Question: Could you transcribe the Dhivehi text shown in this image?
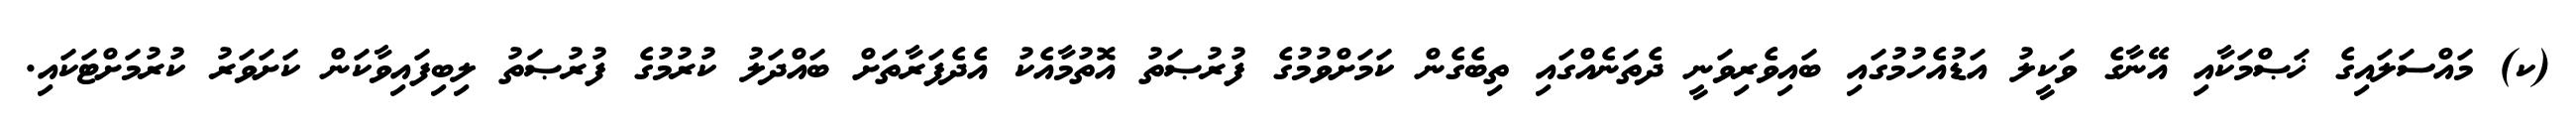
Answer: (ކ) މައްސަލައިގެ ޚަޞްމަކާއި އޭނާގެ ވަކީލު އަޑުއެހުމުގައި ބައިވެރިވަނީ ދެތަނެއްގައި ތިބެގެން ކަމަށްވުމުގެ ފުރުޞަތު އޮތުމާއެކު އެދެފަރާތަށް ބައްދަލު ކުރުމުގެ ފުރުޞަތު ލިބިފައިވާކަން ކަށަވަރު ކުރުމަށްޓަކައި.